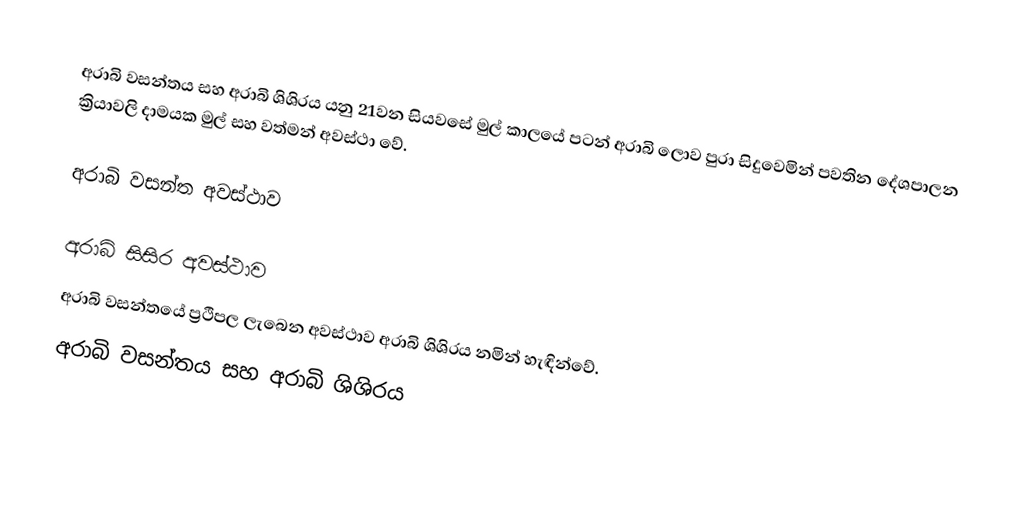
අරාබි වසන්තය සහ අරාබි ශිශිරය යනු 21වන සියවසේ මුල් කාලයේ පටන් අරාබි ලොව පුරා සිදුවෙමින් පවතින දේශපාලන ක්‍රියාවලි දාමයක මුල් සහ වත්මන් අවස්ථා වේ.

අරාබි වසන්ත අවස්ථාව

අරාබි සිසිර අවස්ථාව
අරාබි වසන්තයේ ප්‍රථිපල ලැබෙන අවස්ථාව අරාබි ශිශිරය නමින් හැඳින්වේ.
අරාබි වසන්තය සහ අරාබි ශිශිරය